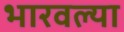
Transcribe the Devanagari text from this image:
भारवल्या